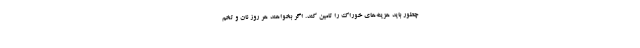
چطور باید هزینه‌های خوراک را تامین کند. اگر بخواهند هر روز نان و تخم